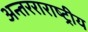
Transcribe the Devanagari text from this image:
अन्तरराराष्ट्रीय